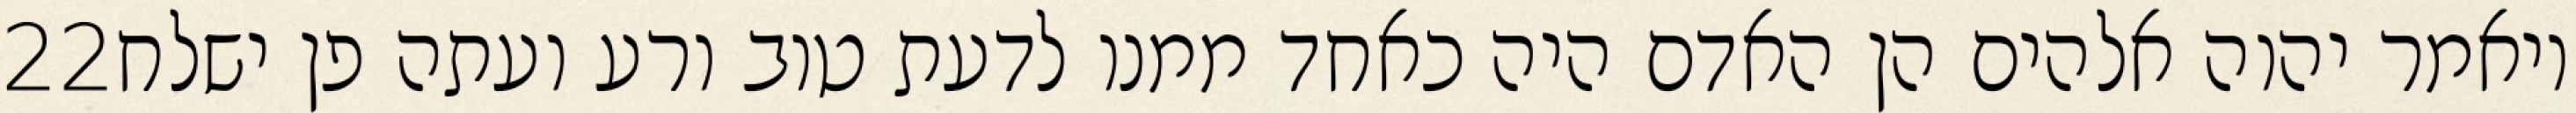
‎22‏ ויאמר יהוה אלהים הן האדם היה כאחד ממנו לדעת טוב ורע ועתה פן ישלח